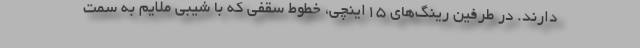
دارند. در طرفین رینگ‌های 15اینچی، خطوط سقفی که با شیبی ملایم به سمت